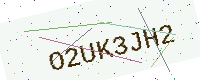
Text: O2UK3JH2